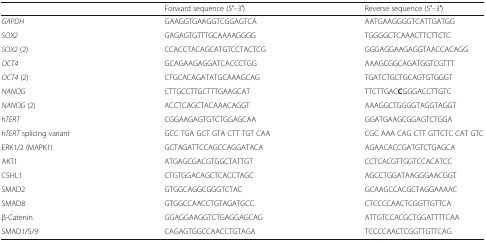
<table><thead><tr><td></td><td><b>Forward sequence (5′–3′)</b></td><td><b>Reverse sequence (5′–3′)</b></td></tr></thead><tbody><tr><td><i>GAPDH</i></td><td>GAAGGTGAAGGTCGGAGTCA</td><td>AATGAAGGGGTCATTGATGG</td></tr><tr><td><i>SOX2</i></td><td>GAGAGTGTTTGCAAAAGGGG</td><td>TGGGGCTCAAACTTCTTCTC</td></tr><tr><td><i>SOX2</i> (2)</td><td>CCACCTACAGCATGTCCTACTCG</td><td>GGGAGGAAGAGGTAACCACAGG</td></tr><tr><td><i>OCT4</i></td><td>GCAGAAGAGGATCACCCTGG</td><td>AAAGCGGCAGATGGTCGTTT</td></tr><tr><td><i>OCT4</i> (2)</td><td>CTGCACAGATATGCAAAGCAG</td><td>TGATCTGCTGCAGTGTGGGT</td></tr><tr><td><i>NANOG</i></td><td>CTTGCCTTGCTTTGAAGCAT</td><td>TTCTTGAC<b>C</b>GGGACCTTGTC</td></tr><tr><td><i>NANOG</i> (2)</td><td>ACCTCAGCTACAAACAGGT</td><td>AAAGGCTGGGGTAGGTAGGT</td></tr><tr><td><i>hTERT</i></td><td>CGGAAGAGTGTCTGGAGCAA</td><td>GGATGAAGCGGAGTCTGGA</td></tr><tr><td><i>hTERT</i> splicing variant</td><td>GCC TGA GCT GTA CTT TGT CAA</td><td>CGC AAA CAG CTT GTTCTC CAT GTC</td></tr><tr><td>ERK1/2 (MAPK1)</td><td>GCTAGATTCCAGCCAGGATACA</td><td>AGAACACCGATGTCTGAGCA</td></tr><tr><td>AKT1</td><td>ATGAGCGACGTGGCTATTGT</td><td>CCTCACGTTGGTCCACATCC</td></tr><tr><td>CSHL1</td><td>CTGTGGACAGCTCACCTAGC</td><td>AGCCTGGATAAGGGAACGGT</td></tr><tr><td>SMAD2</td><td>GTGGCAGGCGGGTCTAC</td><td>GCAAGCCACGCTAGGAAAAC</td></tr><tr><td>SMAD8</td><td>GTGGCCAACCTGTAGATGCC</td><td>CTCCCCAACTCGGTTGTTCA</td></tr><tr><td>β-Catenin</td><td>GGAGGAAGGTCTGAGGAGCAG</td><td>ATTGTCCACGCTGGATTTTCAA</td></tr><tr><td>SMAD1/5/9</td><td>CAGAGTGGCCAACCTGTAGA</td><td>TCCCCAACTCGGTTGTTCAG</td></tr></tbody></table>